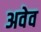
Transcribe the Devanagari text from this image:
अवेव